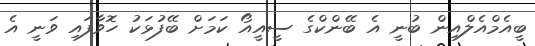
ބީއެމްއެލްއިން ބުނީ އެ ބޭންކްގެ ސީއީއޯ ކަމަށް ބޭފުޅަކު ހޮވާފައި ވަނީ އެ